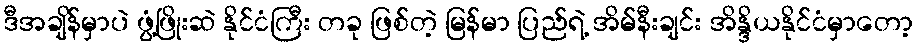
ဒီအချိန်မှာပဲ ဖွံ့ဖြိုးဆဲ နိုင်ငံကြီး တခု ဖြစ်တဲ့ မြန်မာ ပြည်ရဲ့ အိမ်နီးချင်း အိန္ဒိယနိုင်ငံမှာတော့